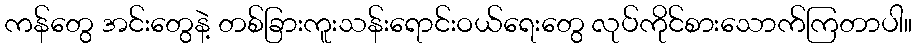
ကန်တွေ အင်းတွေနဲ့ တစ်ခြားကူးသန်းရောင်းဝယ်ရေးတွေ လုပ်ကိုင်စားသောက်ကြတာပါ။